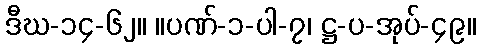
ဒီဃ-၁၄-၆၂။ ။ပဏ်-၁-ပါ-၇၊ ဋ္ဌ-ပ-အုပ်-၄၉။